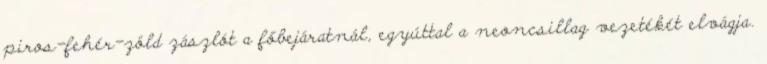
piros-fehér-zöld zászlót a főbejáratnál, egyúttal a neoncsillag vezetékét elvágja.